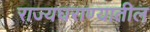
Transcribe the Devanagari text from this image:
राज्यघराण्यातील